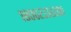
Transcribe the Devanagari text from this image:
१८००२३३२२००